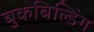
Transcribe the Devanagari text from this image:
बुकबिल्डिंग